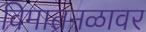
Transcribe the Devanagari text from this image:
विमातनळावर